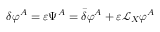
\delta \varphi ^ { A } = \varepsilon \Psi ^ { A } = { \bar { \delta } } \varphi ^ { A } + \varepsilon { \mathcal { L } } _ { X } \varphi ^ { A }